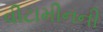
વીટામીનની